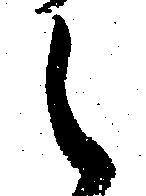
候